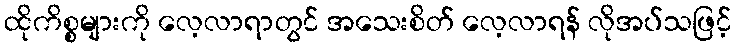
ထိုကိစ္စများကို လေ့လာရာတွင် အသေးစိတ် လေ့လာရန် လိုအပ်သဖြင့်